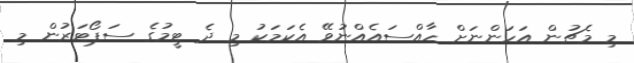
މި މެޗުން އަހަންނަށް ހާއްސައެއްނުވޭ އެކަމަކު މި ދެ ޓީމުގެ ސަޕޯޓަރުން މި